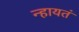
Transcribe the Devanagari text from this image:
न्हायतं